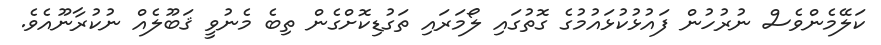
ކަލޭމެންވެސް ނުރުހުން ފައުޅުކުޅައުމުގެ ގޮތުގައި ލޯމަރައި ތަގުޑިކޮށްގެން ތިބެ މެނުވީ ޤަބޫލެއް ނުކުރާނޫއެވެ.